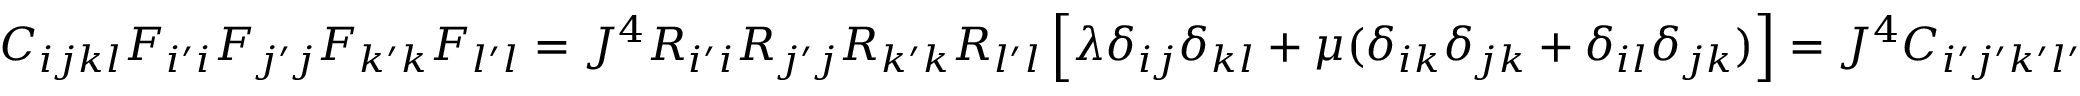
C _ { i j k l } F _ { i ^ { \prime } i } F _ { j ^ { \prime } j } F _ { k ^ { \prime } k } F _ { l ^ { \prime } l } = J ^ { 4 } R _ { i ^ { \prime } i } R _ { j ^ { \prime } j } R _ { k ^ { \prime } k } R _ { l ^ { \prime } l } \left[ \lambda \delta _ { i j } \delta _ { k l } + \mu ( \delta _ { i k } \delta _ { j k } + \delta _ { i l } \delta _ { j k } ) \right] = J ^ { 4 } C _ { i ^ { \prime } j ^ { \prime } k ^ { \prime } l ^ { \prime } }